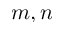
m , n